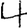
Digit: 4